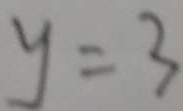
y = 3